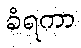
ခံရကာ